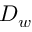
D _ { w }